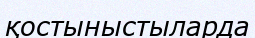
қостыныстыларда